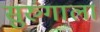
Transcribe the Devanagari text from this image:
सुरुंगाला